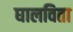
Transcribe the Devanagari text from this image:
घालविता